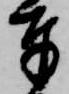
奉